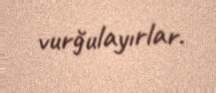
vurğulayırlar.